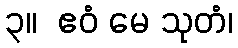
၃။  ဧဝံ မေ သုတံ၊